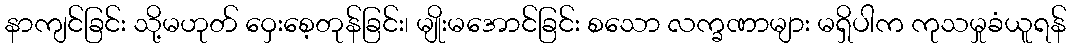
နာကျင်ခြင်း သို့မဟုတ် ဝှေးစေ့တုန်ခြင်း၊ မျိုးမအောင်ခြင်း စသော လက္ခဏာများ မရှိပါက ကုသမှုခံယူရန်